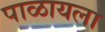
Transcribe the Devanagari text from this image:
पाळायला